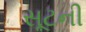
સૂટની